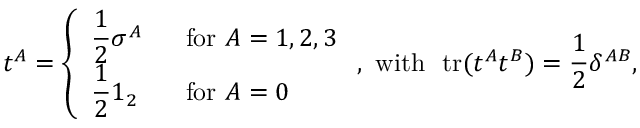
t ^ { A } = \left\{ \begin{array} { l l } { { \displaystyle \frac { 1 } { 2 } \sigma ^ { A } } } & { { ~ ~ \mathrm { f o r } ~ A = 1 , 2 , 3 } } \\ { { \displaystyle \frac { 1 } { 2 } 1 _ { 2 } } } & { { ~ ~ \mathrm { f o r } ~ A = 0 } } \end{array} \right. , \mathrm { ~ w i t h ~ ~ t r } ( t ^ { A } t ^ { B } ) = \frac { 1 } { 2 } \delta ^ { A B } ,